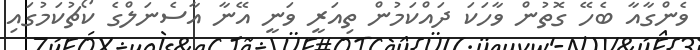
ވެންގާއާ ބެހޭ ގޮތުން ވާހަކަ ދައްކަމުން ތިއަރީ ވަނީ އޭނާ އާސެނަލްގެ ކޯޗުކަމުގައި